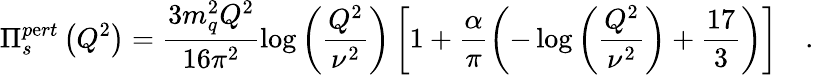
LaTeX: \Pi_{s}^{p\mathrm{e}rt}\left(Q^{2}\right)=\frac{{3m_{q}^{2}Q^{2}}}{{16\pi^{2}}}\log{\left(\frac{{Q^{2}}}{{\nu^{2}}}\right)}\left[1+\frac{{\alpha}}{{\pi}}\left(-\log{\left(\frac{{Q^{2}}}{{\nu^{2}}}\right)}+\frac{{17}}{{3}}\right)\right]\quad.